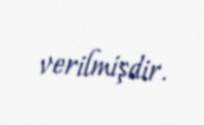
verilmişdir.